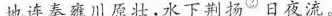
地连秦雍川原壮，水下荆扬^{②}日夜流。